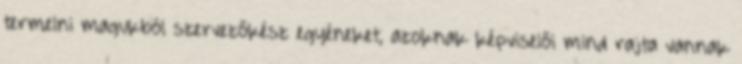
termelni magukból szervezőkész egyéneket, azoknak képviselői mind rajta vannak